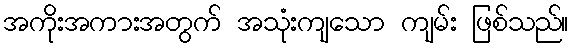
အကိုးအကားအတွက် အသုံးကျသော ကျမ်း ဖြစ်သည်။